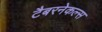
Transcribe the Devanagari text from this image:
टैबरनेकल्स